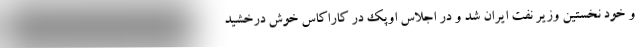
و خود نخستین وزیر نفت ایران شد و در اجلاس اوپک در کاراکاس خوش درخشید